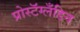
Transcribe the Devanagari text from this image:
प्रोस्टॅग्लँडिन